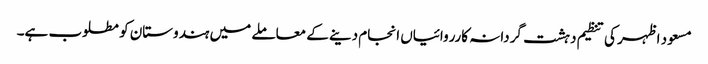
مسعود اظہر کی تنظیم دہشت گردانہ کارروائیاں انجام دینے کے معاملے میں ہندوستان کو مطلوب ہے۔